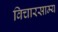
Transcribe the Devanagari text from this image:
विचारसाम्य